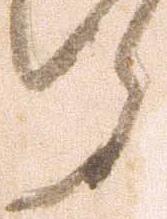
ら